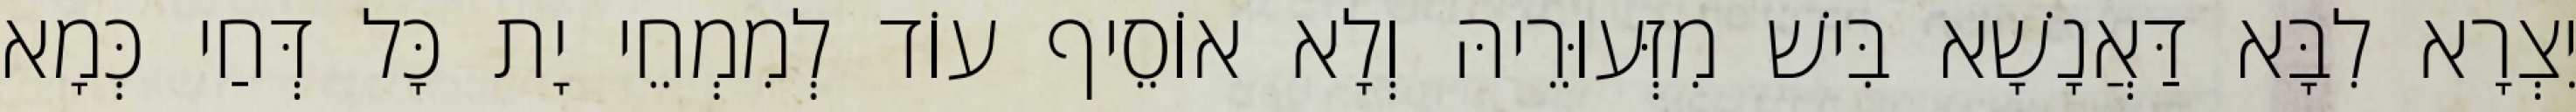
יִצְרָא לִבָּא דַּאֲנָשָׁא בִּישׁ מִזְּעוּרֵיהּ וְלָא אוֹסֵיף עוֹד לְמִמְחֵי יָת כָּל דְּחַי כְּמָא